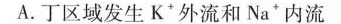
A.丁区域发生K^{+}外流和Na^{+}内流